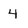
Character: 4